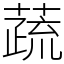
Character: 蔬